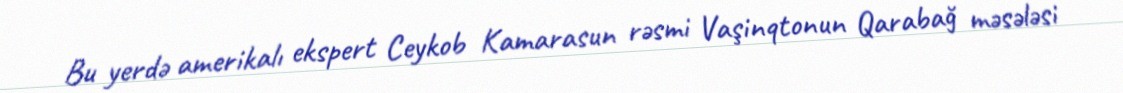
Bu yerdə amerikalı ekspert Ceykob Kamarasun rəsmi Vaşinqtonun Qarabağ məsələsi